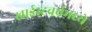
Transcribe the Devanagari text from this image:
ख्राईस्टचर्चमध्ये